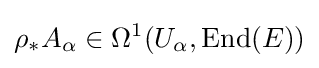
\rho _{*}A_{\alpha }\in \Omega ^{1}(U_{\alpha },\operatorname {End} (E))